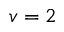
v = 2